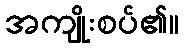
အကျိုးစပ်၏။